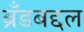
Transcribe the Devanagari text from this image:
ब्रँडबद्दल